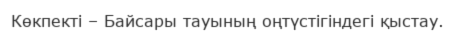
Көкпекті – Байсары тауының оңтүстігіндегі қыстау.